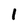
Character: 1